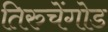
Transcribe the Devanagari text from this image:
तिरुचेंगोड